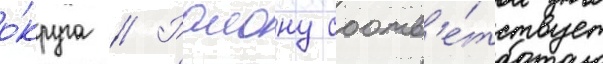
о́круга // Раиону соотв'е́тствует